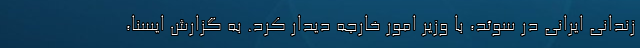
زندانی ایرانی در سوئد، با وزیر امور خارجه دیدار کرد. به گزارش ایسنا،